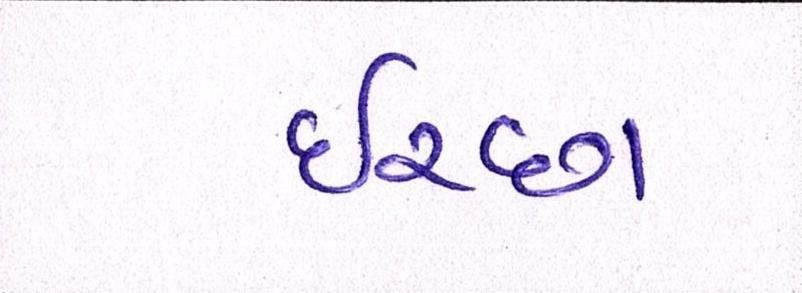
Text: ઈચ્છા